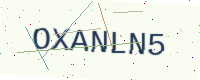
Text: OXANLN5